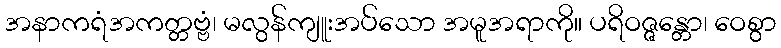
အနာကရံအကတ္တဗ္ဗံ၊ မလွန်ကျူးအပ်သော အမူအရာကို။ ပရိဝဇ္ဇန္တော၊ ဝေစွာ